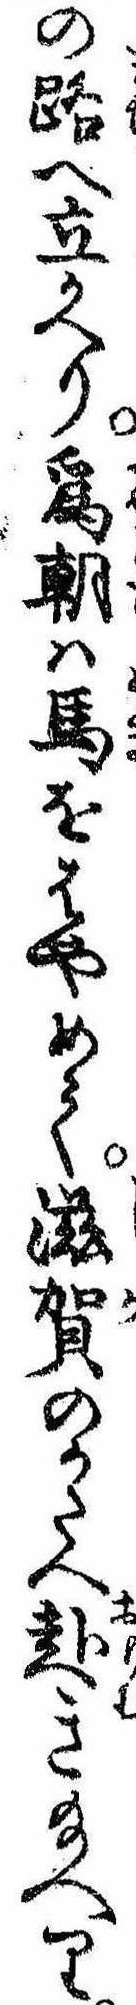
の路へ立かへり為朝は馬をはやめて滋賀のかたへ赴き給へり